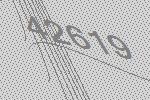
42619